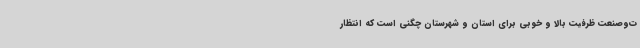
ت‌وصنعت ظرفیت بالا و خوبی برای استان و شهرستان چگنی است که انتظار